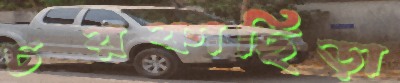
চরকাছিড়া